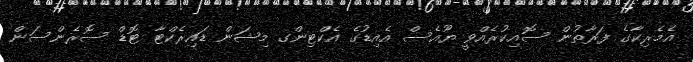
އެމެރިކާގެ ފަރާތުން ސޮއިކުރެއްވީ ޔޫއެސް އެއިޑުގެ އެކްޓިންގ މިޝަން ޑައިރެކްޓާ ޓޮޑް ސޮރެންސަން